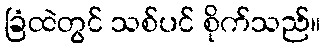
ခြံထဲတွင် သစ်ပင် စိုက်သည်။